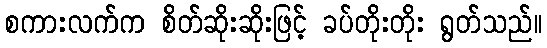
စကားလက်က စိတ်ဆိုးဆိုးဖြင့် ခပ်တိုးတိုး ရွတ်သည်။